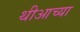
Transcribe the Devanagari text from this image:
थीआच्या